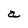
Character: a